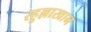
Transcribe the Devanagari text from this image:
रहुल्लाखान